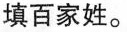
填百家姓。